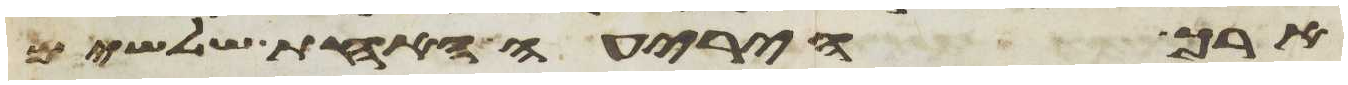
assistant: ארך היריעה האחת שלשים